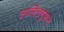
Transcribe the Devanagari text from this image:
ललितगुंफन